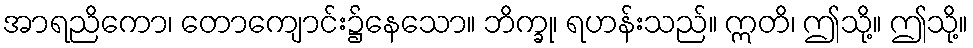
အာရညိကော၊ တောကျောင်း၌နေသော။ ဘိက္ခု၊ ရဟန်းသည်။ ဣတိ၊ ဤသို့။ ဤသို့။